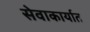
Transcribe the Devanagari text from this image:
सेवाकार्यात